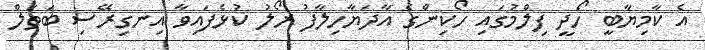
އެ ކާމިޔާބީ ހޯދީ ފިލްމުގައި ހޯކިންގެ އާދަޔާހިލާފު ރޯލު ކުޅެފައިވާ އިނގިރޭސި ބަތަލް